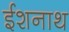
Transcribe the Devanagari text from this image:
ईशनाथ